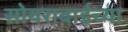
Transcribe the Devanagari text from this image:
सोयराबाईच्या